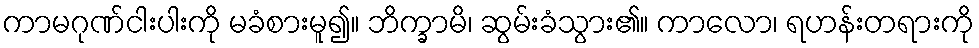
ကာမဂုဏ်ငါးပါးကို မခံစားမူ၍။ ဘိက္ခာမိ၊ ဆွမ်းခံသွား၏။ ကာလော၊ ရဟန်းတရားကို